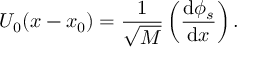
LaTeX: { \cal U } _ { 0 } ( x - x _ { 0 } ) = { \frac { 1 } { \sqrt M } } \left( { \frac { \mathrm { d } \phi _ { s } } { \mathrm { d } x } } \right) .